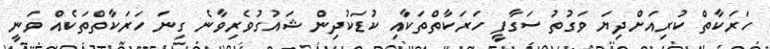
ހަރަކާތް ކުރިއަށްދިޔަ ވަގުތު ސަގާފީ ހަރަކާތްތަކާއި ކުޑަކުދިން ޝައުގުވެރިވާނެ ގިނަ ހަރަކާތްތަކެއް ވަނީ